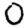
Digit: 0